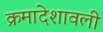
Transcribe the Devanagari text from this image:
क्रमादेशावली